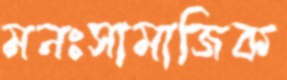
মনঃসামাজিক